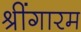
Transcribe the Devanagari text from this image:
श्रींगारम